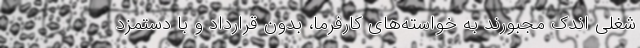
شغلی اندک مجبورند به خواسته‌های کارفرما، بدون قرارداد و با دستمزد